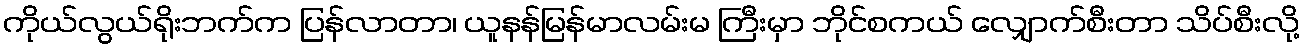
ကိုယ်လွယ်ရိုးဘက်က ပြန်လာတာ၊ ယူနန်မြန်မာလမ်းမ ကြီးမှာ ဘိုင်စကယ် လျှောက်စီးတာ သိပ်စီးလို့